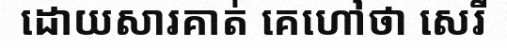
ដោយសារគាត់ គេហៅថា សេរី